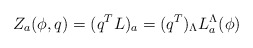
\begin{align*}Z_a(\phi,q)= (q^TL)_a=(q^T)_\Lambda L_a^\Lambda(\phi) \end{align*}